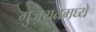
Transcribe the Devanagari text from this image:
गुजरातमघ्ये